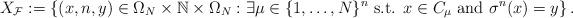
LaTeX: \begin{align*}X_{\mathcal{F}}:=\left\{(x,n,y)\in \Omega_N\times \mathbb{N}\times \Omega_N: \exists \mu\in \{1,\ldots, N\}^n \mbox{ s.t. } x\in C_\mu \mbox{ and } \sigma^n(x)=y\right\}.\end{align*}